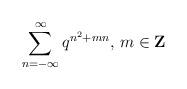
LaTeX: \begin{align*}\sum^{\infty}_{n=-\infty}q^{n^2+mn}\textrm{, } m\in\textbf{Z} \end{align*}